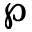
\wp